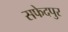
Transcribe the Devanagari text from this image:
सफेदपुर